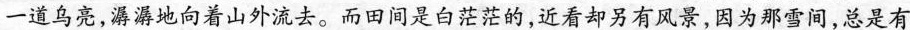
一道乌亮，潺潺地向着山外流去。而田间是白茫茫的，近看却另有风景，因为那雪间，总是有